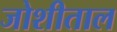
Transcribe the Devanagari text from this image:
जोशीताल